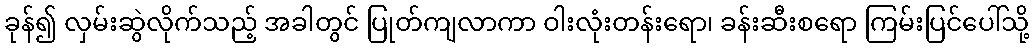
ခုန်၍ လှမ်းဆွဲလိုက်သည့် အခါတွင် ပြုတ်ကျလာကာ ဝါးလုံးတန်းရော၊ ခန်းဆီးစရော ကြမ်းပြင်ပေါ်သို့